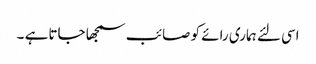
اسی لئے ہماری رائے کو صائب سمجھا جاتا ہے ۔